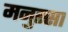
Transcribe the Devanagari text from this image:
मनुस्सा